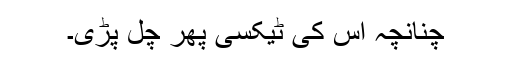
چنانچہ اس کی ٹیکسی پھر چل پڑی۔